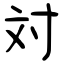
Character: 対